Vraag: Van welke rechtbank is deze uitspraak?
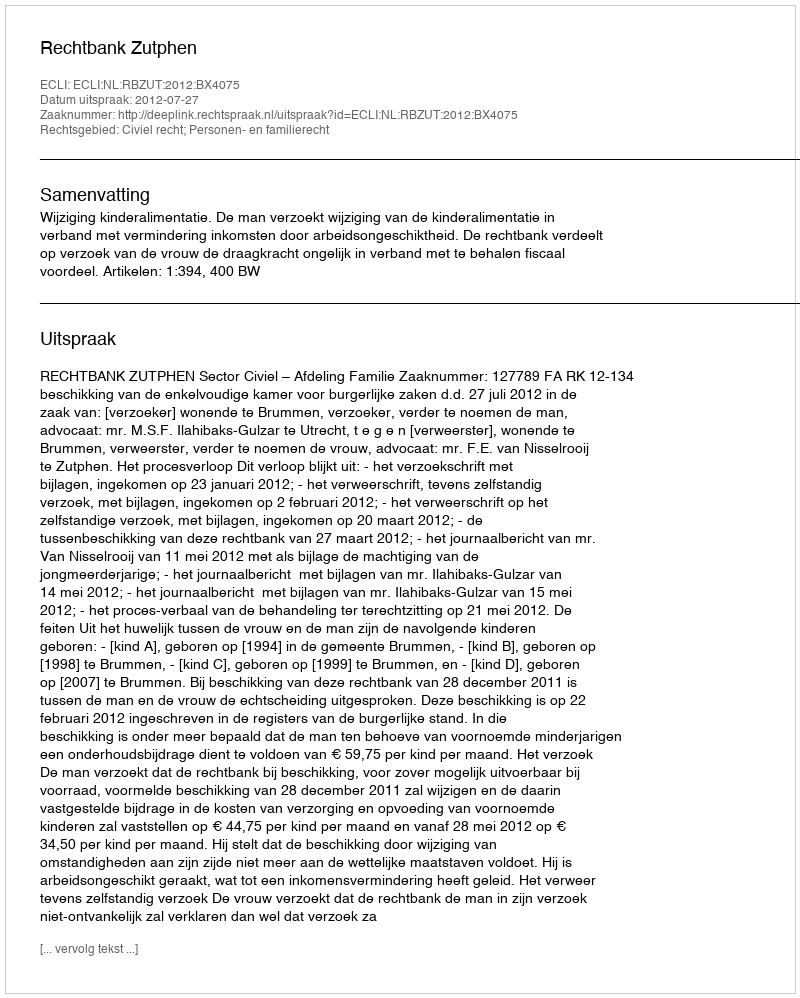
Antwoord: Rechtbank Zutphen